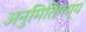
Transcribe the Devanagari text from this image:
अनुमितिगम्य